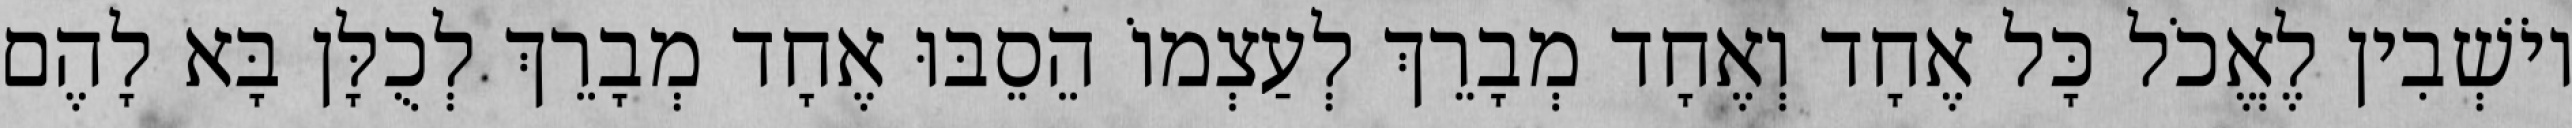
יוֹשְׁבִין לֶאֱכֹל כָּל אֶחָד וְאֶחָד מְבָרֵךְ לְעַצְמוֹ הֵסֵבּוּ אֶחָד מְבָרֵךְ לְכֻלָּן בָּא לָהֶם